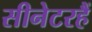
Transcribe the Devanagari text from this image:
सीनेटरहैं